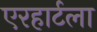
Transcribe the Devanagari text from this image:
एरहार्टला